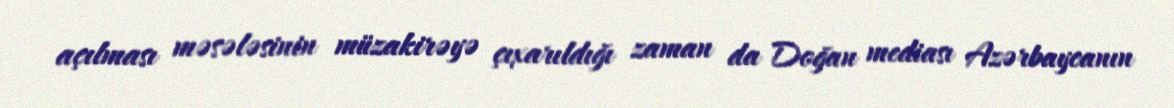
açılması məsələsinin müzakirəyə çıxarıldığı zaman da Doğan mediası Azərbaycanın